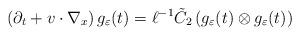
LaTeX: \begin{align*}\left( \partial_t + v\cdot\nabla_x\right) g_{\varepsilon} (t) =\ell^{-1} \tilde{C}_2 \left( g_{\varepsilon} (t) \otimes g_{\varepsilon} (t) \right)\end{align*}